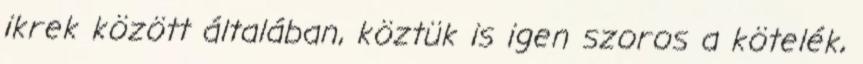
ikrek között általában, köztük is igen szoros a kötelék,